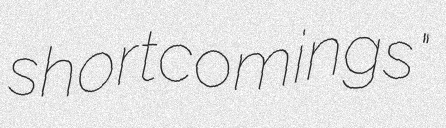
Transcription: shortcomings"